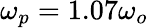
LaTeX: \omega_{p}=1.07\omega_{o}